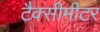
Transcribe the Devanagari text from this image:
टैक्सीमीटर